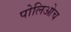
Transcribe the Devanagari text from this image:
पोलिओच